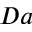
D a